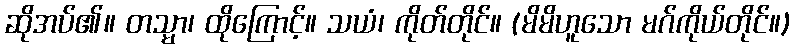
ဆိုအပ်၏။ တသ္မာ၊ ထိုကြောင့်။ သယံ၊ ကိုတ်တိုင်။ (မိမိဟူသော မဂ်ကိုယ်တိုင်။)